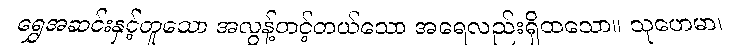
ရွှေအဆင်းနှင့်တူသော အလွန့်တင့်တယ်သော အရေလည်းရှိထသော။ သုဟေမာ၊